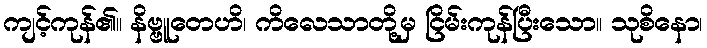
ကျင့်ကုန်၏။ နိဗ္ဗူတေဟိ၊ ကိလေသာတို့မှ ငြိမ်းကုန်ပြီးသော။ သုစိနော၊